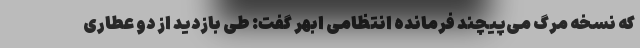
که نسخه مرگ می‌پیچند فرمانده انتظامی ابهر گفت: طی بازدید از دو عطاری